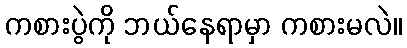
ကစားပွဲကို ဘယ်နေရာမှာ ကစားမလဲ။